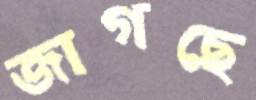
জাগছে